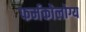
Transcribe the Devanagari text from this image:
फर्मकोलोग्य